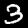
Label: 3